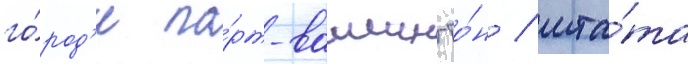
го́род'е по́рт-вашингто́н / шта́та